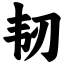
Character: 韧